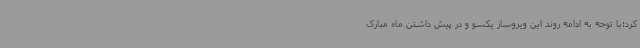
کرد:با توجه به ادامه روند این ویروساز یکسو و در پیش داشتن ماه مبارک